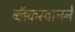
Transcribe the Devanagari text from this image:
ब्लॅकस्वानने